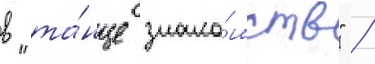
в "та́нце знако́мств" /